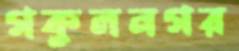
গকুলনগর